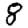
Digit: 8